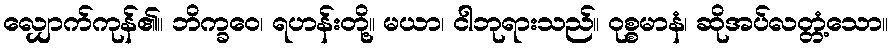
လျှောက်ကုန်၏။ ဘိက္ခဝေ၊ ရဟန်းတို့။ မယာ၊ ငါဘုရားသည်။ ဝုစ္စမာနံ၊ ဆိုအပ်လတ္တံ့သော။